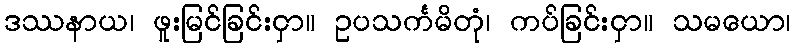
ဒဿနာယ၊ ဖူးမြင်ခြင်းငှာ။ ဥပသင်္ကမိတုံ၊ ကပ်ခြင်းငှာ။ သမယော၊